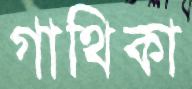
গাথিকা